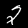
Label: 2